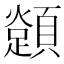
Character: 𩕈